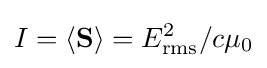
I=\langle \mathbf {S} \rangle =E_{\mathrm {rms} }^{2}/c\mu _{0}\,\!